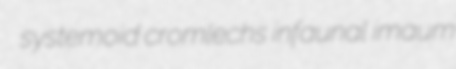
systemoid cromlechs infaunal imaum